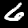
Digit: 6